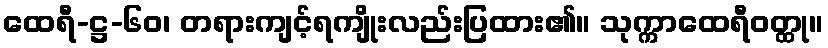
ထေရီ-ဋ္ဌ-၆၀၊ တရားကျင့်ရကျိုးလည်းပြထား၏။ သုက္ကာထေရီဝတ္ထု။